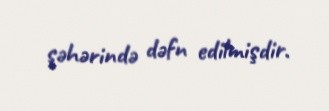
şəhərində dəfn edilmişdir.